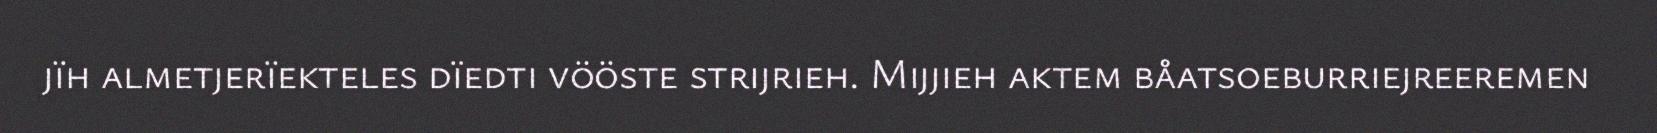
jïh almetjerïekteles dïedti vööste strijrieh. Mijjieh aktem båatsoeburriejreeremen